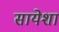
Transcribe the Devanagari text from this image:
सायेशा